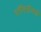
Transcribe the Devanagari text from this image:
पॉलिसीजची